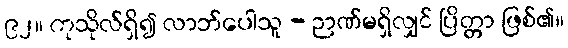
၉၂။ ကုသိုလ်ရှိ၍ လာဘ်ပေါသူ - ဉာဏ်မရှိလျှင် ပြိတ္တာ ဖြစ်၏။